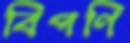
বিপণি